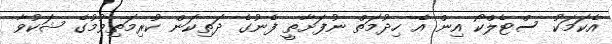
އެކަމަކު ސްޓެލްކޯ އިން އެ ހިދުމަތް ނުފަށާތީ ފެނުގެ ދަތިކަން ކުރިމަތިވުމުގެ ޝަކުވާ